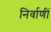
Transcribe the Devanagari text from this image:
निर्वाणीं